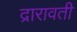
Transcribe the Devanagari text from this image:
द्रारावती